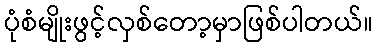
ပုံစံမျိုးဖွင့်လှစ်တော့မှာဖြစ်ပါတယ်။